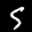
Label: 5